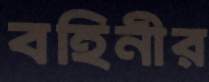
বহিনীর